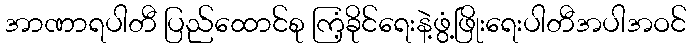
အာဏာရပါတီ ပြည်ထောင်စု ကြံ့ခိုင်ရေးနဲ့ဖွံ့ဖြိုးရေးပါတီအပါအဝင်